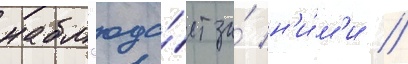
набл'юда́ет за́ н'и́м'и //